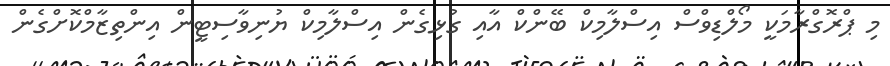
މި ޕްރޮގްރާމަކީ މޯލްޑިވްސް އިސްލާމިކް ބޭންކް އާއި ގުޅިގެން އިސްލާމިކް ޔުނިވާސިޓީން އިންތިޒާމްކޮށްގެން